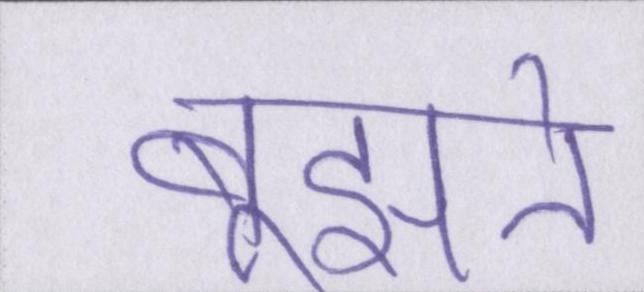
बूझते